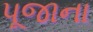
પૂજાના